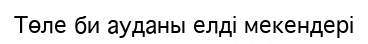
Төле би ауданы елді мекендері